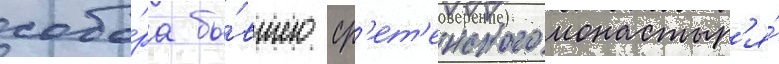
собо́ра бы́вшего ср'ет'енского монастыр'я́